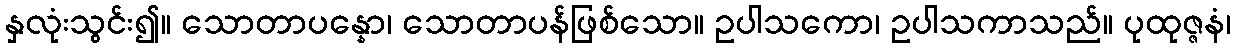
နှလုံးသွင်း၍။ သောတာပန္နော၊ သောတာပန်ဖြစ်သော။ ဥပါသကော၊ ဥပါသကာသည်။ ပုထုဇ္ဇနံ၊